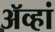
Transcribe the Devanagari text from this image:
ॲव्हां